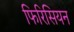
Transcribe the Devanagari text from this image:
फिरिसियन